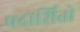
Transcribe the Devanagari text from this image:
पदार्शितो